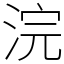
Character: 浣